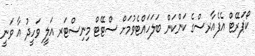
ކޯޕަރޭޓް އެފެއާރސްގެ ކަންކަން ބަލަަހައްޓެވުމަށް ސްޓޭޓް މިނިސްޓަރ އަލީ ވަހީދު އާ ވަނީ